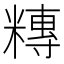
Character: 䊜